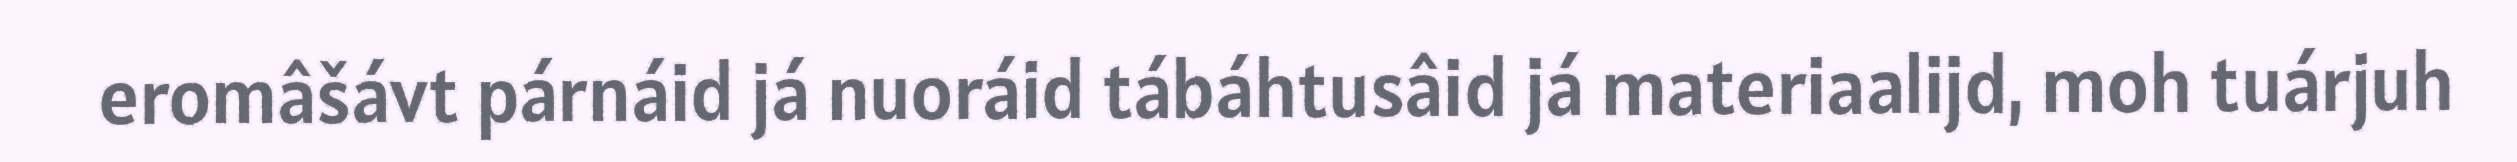
eromâšávt párnáid já nuoráid tábáhtusâid já materiaalijd, moh tuárjuh